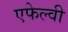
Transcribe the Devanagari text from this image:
एफेल्वी